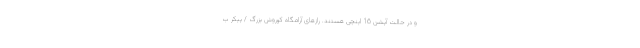
و در حالت آپشن 16 اینچی هستند. رازهای آرامگاه کوروش بزرگ / پیکر ب